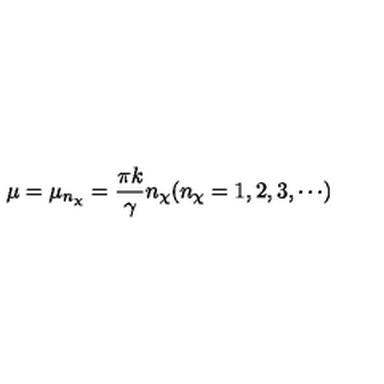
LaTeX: \mu = \mu _ { n _ { \chi } } = \frac { \pi k } { \gamma } n _ { \chi } ( n _ { \chi } = 1 , 2 , 3 , \cdots )